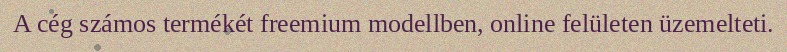
A cég számos termékét freemium modellben, online felületen üzemelteti.